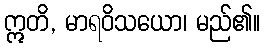
ဣတိ, မာရဝိသယော၊ မည်၏။